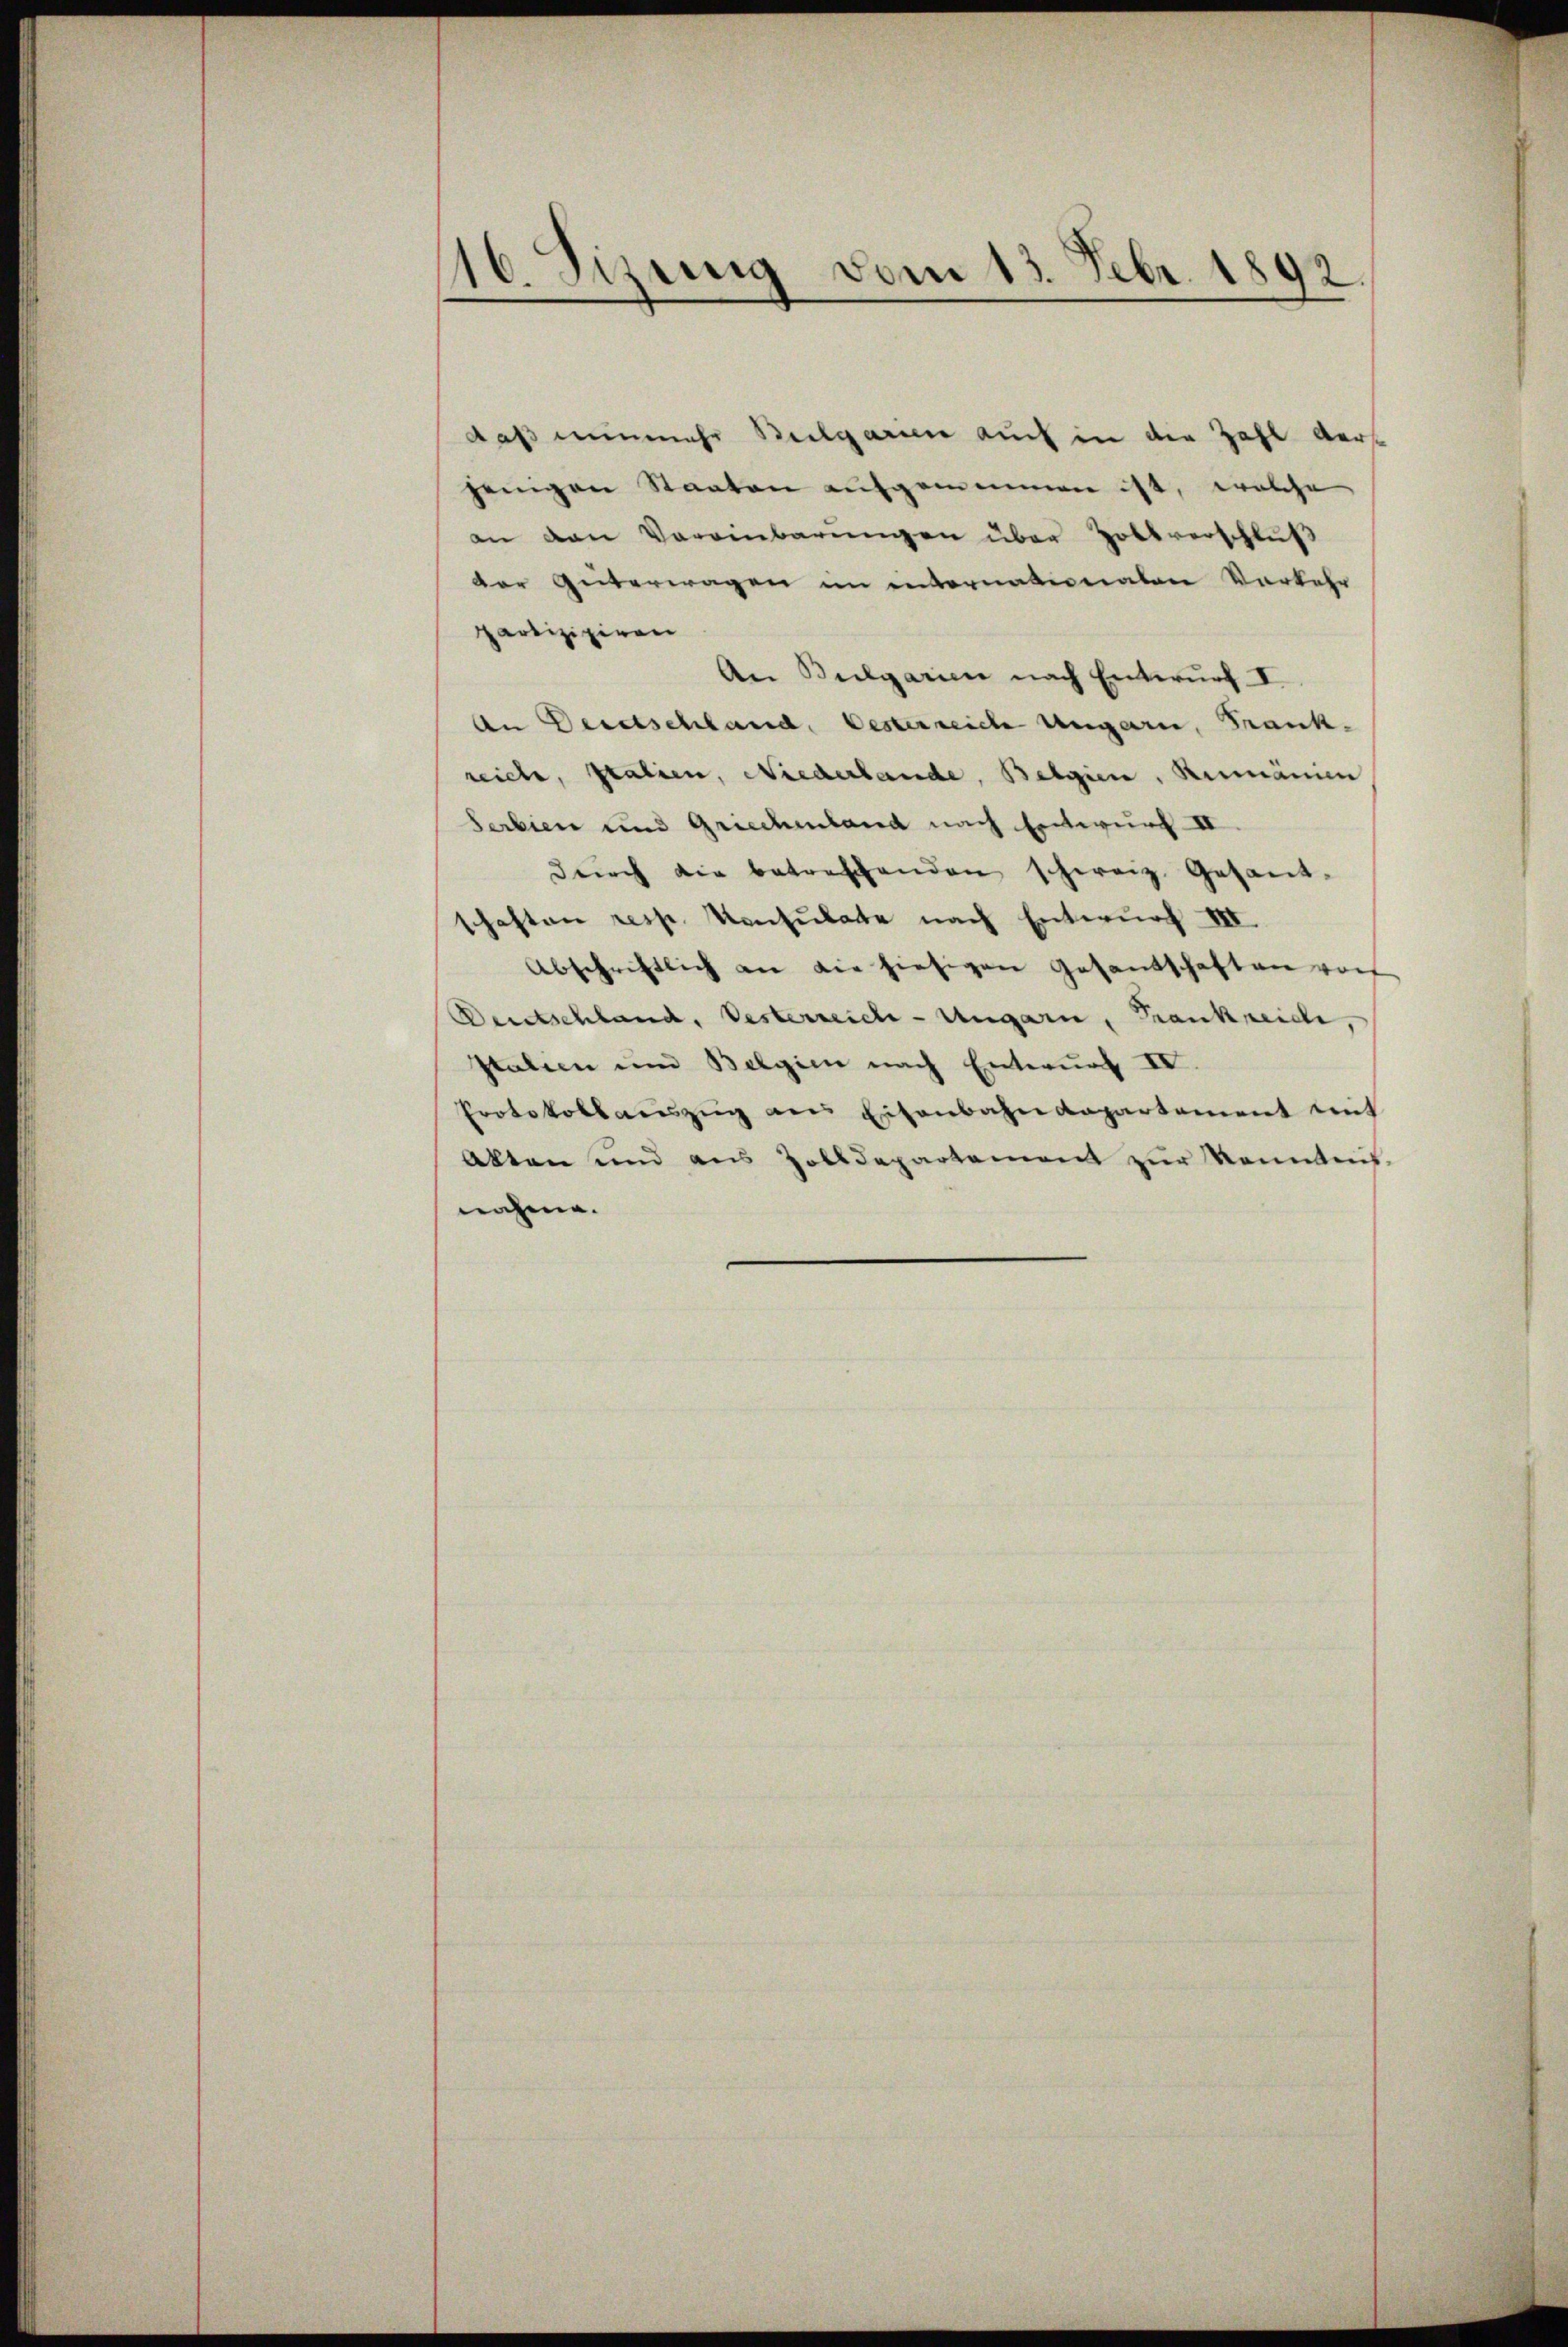
16. Sizung vom 13. Febr. 1892

daß nunmehr Bulgarien auch in die Zahl ders
jenigen Staaten aufgemeinen ist, welche
an den Vereinbarungen über Hollverschluß
der Güterwagen im entornationaten Vorkehr
partizipiren
An Bulgarien nach Entwŭrf I
An Geretschland. Oesterreiche Ungarn, Frank-
reiche, Italien, Niederbande, Belgien, Rumänien
Serbien und Griechenland nach Entwurf II
dŭrch die betreffenden schweiz. Gesand-
schaften resp. Konsulate nach Entwurf III
Abschriftlich an die hiesigen Gesandschaften vorf
Deutschland, Vesterreich-Ungarn, Frankreiche,
Italien um Belgien nach Enterung IV
Protokollaŭszŭg ans Eisenbahndepartement mit
Akten und aus Zolldepartement zŭr Kenntnis-
nahme.